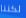
لكننا